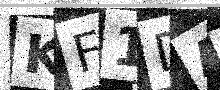
Text: KF1DA8